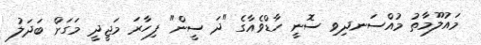
މައުލޫމާތު މުއްސަނދިވި ސޮނީ ހާޑްވެއާގެ "ދަ ސީން" ފިހާރަ މަޖީދީ މަގަށް ބަދަލު